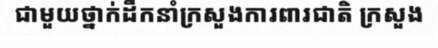
ជាមួយថ្នាក់ដឹកនាំក្រសួងការពារជាតិ ក្រសួង